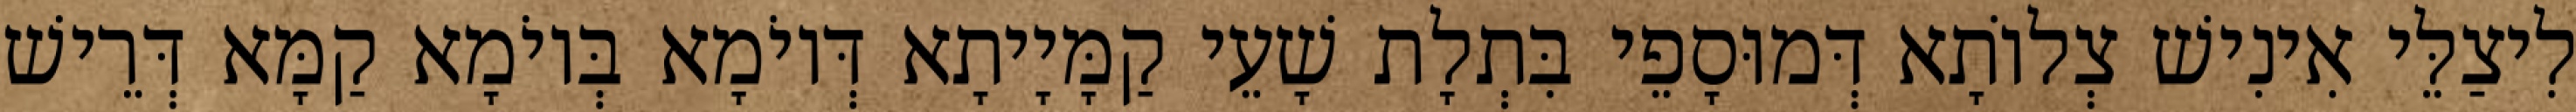
לִיצַלֵּי אִינִישׁ צְלוֹתָא דְּמוּסָפֵי בִּתְלָת שָׁעֵי קַמָּיָיתָא דְּיוֹמָא בְּיוֹמָא קַמָּא דְּרֵישׁ